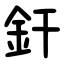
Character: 釬